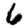
Digit: 6